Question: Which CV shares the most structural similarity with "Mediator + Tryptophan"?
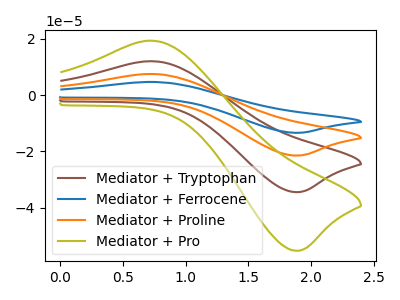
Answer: <think>The brown curve "Mediator + Tryptophan" has an anodic peak at (0.70V, 12.05uA) and a cathodic peak at (1.85V, -34.45uA). The blue curve "Mediator + Ferrocene" has an anodic peak at (0.70V, 36.20uA) and a cathodic peak at (1.85V, -103.40uA). The orange curve "Mediator + Proline" has an anodic peak at (0.70V, 24.10uA) and a cathodic peak at (1.85V, -68.95uA). The olive curve "Mediator + Pro" has an anodic peak at (0.70V, 19.35uA) and a cathodic peak at (1.85V, -55.30uA).
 All the peaks in "Mediator + Tryptophan" have a peak in "Mediator + Ferrocene" at the same potential. Every peak in "Mediator + Tryptophan" is lower than every peak in "Mediator + Ferrocene". All the peaks in "Mediator + Tryptophan" have a peak in "Mediator + Proline" at the same potential. Every peak in "Mediator + Tryptophan" is lower than every peak in "Mediator + Proline". All the peaks in "Mediator + Tryptophan" have a peak in "Mediator + Pro" at the same potential. Every peak in "Mediator + Tryptophan" is lower than every peak in "Mediator + Pro". All the peaks in "Mediator + Ferrocene" have a peak in "Mediator + Proline" at the same potential. Every peak in "Mediator + Ferrocene" is higher than every peak in "Mediator + Proline". All the peaks in "Mediator + Ferrocene" have a peak in "Mediator + Pro" at the same potential. Every peak in "Mediator + Ferrocene" is higher than every peak in "Mediator + Pro". All the peaks in "Mediator + Proline" have a peak in "Mediator + Pro" at the same potential. Every peak in "Mediator + Proline" is higher than every peak in "Mediator + Pro".</think>
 <answer>"Mediator + Tryptophan", "Mediator + Ferrocene" and "Mediator + Proline" have a similar shape to "Mediator + Pro".</answer>
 <eval>"Mediator + Tryptophan" "Mediator + Ferrocene" "Mediator + Proline"</eval>